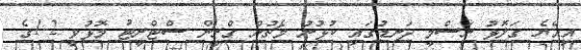
އިއްޔެ ގަލޮޅު ރަސްމީ ދަނޑުގައި ކުޅުނު މެޗުން ގްރީން ސްޓްރީޓު މޮޅުވީ 2-1ގެ